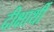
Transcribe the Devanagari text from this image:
दीक्षार्थी